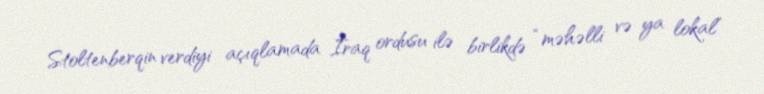
Stoltenberqin verdiyi açıqlamada İraq ordusu ilə birlikdə “məhəlli və ya lokal”